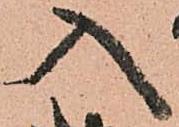
入